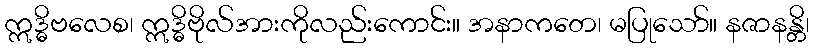
ဣဒ္ဓိဗလေစ၊ ဣဒ္ဓိဗိုလ်အားကိုလည်းကောင်း။ အနာကတေ၊ မပြုသော်။ နဇာနန္တိ၊